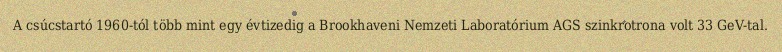
A csúcstartó 1960-tól több mint egy évtizedig a Brookhaveni Nemzeti Laboratórium AGS szinkrotrona volt 33 GeV-tal.